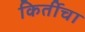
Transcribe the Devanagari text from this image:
किर्तीचा